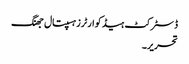
ڈسٹرکٹ ہیڈ کوارٹرزہسپتال جھنگ
تحریر۔